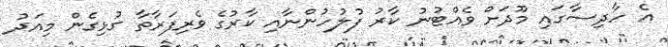
އެ ހާދިސާގައި މޫދަށް ވެއްޓުނު ކާރު ފުލުހުންނާއި ކާރުގެ ވެރިފަރާތާ ގުޅިގެން މިއަދު